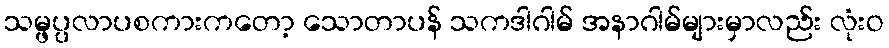
သမ္ဖပ္ပလာပစကားကတော့ သောတာပန် သကဒါဂါမ် အနာဂါမ်များမှာလည်း လုံးဝ